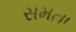
સમતા